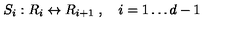
S _ { i } : R _ { i } \leftrightarrow R _ { i + 1 } \ , \quad i = 1 \dots d - 1